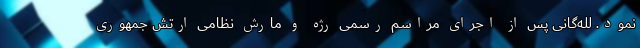
نمود. لله‌گانی پس از اجرای مراسم رسمی رژه و مارش نظامی ارتش جمهوری